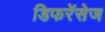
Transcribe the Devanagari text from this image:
डिफरेंसेज